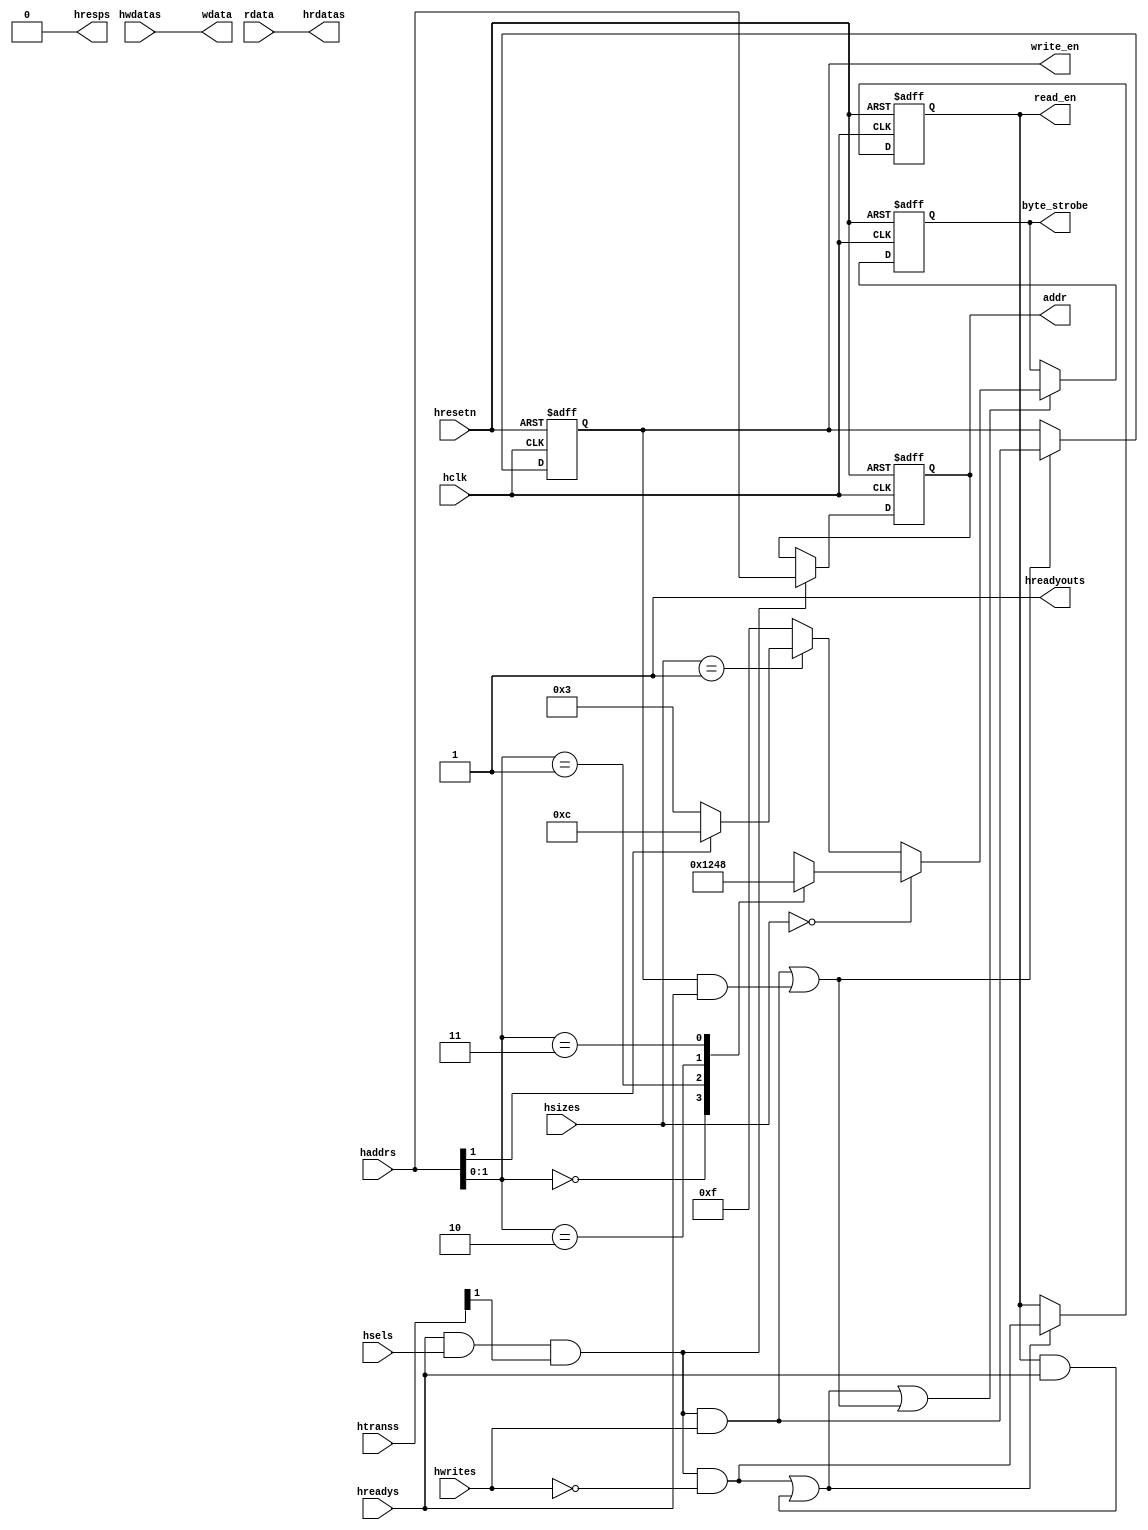
// +FHDR------------------------------------------------------------
//                 Copyright (c) 2020 .
//                       ALL RIGHTS RESERVED
// -----------------------------------------------------------------
// Author        : 
// Last Modified : 
// -----------------------------------------------------------------
// Description:
//
//
// -FHDR------------------------------------------------------------
module ahb_slave #(
  //parameter for address width
  parameter   ADDRWIDTH=12)
 (
  input  wire                  hclk,       // clock
  input  wire                  hresetn,    // reset

  // AHB connection to master
  input  wire                  hsels,
  input  wire [ADDRWIDTH-1:0]  haddrs,
  input  wire [1:0]            htranss,
  input  wire [2:0]            hsizes,
  input  wire                  hwrites,
  input  wire                  hreadys,
  input  wire [31:0]           hwdatas,

  output wire                  hreadyouts,
  output wire                  hresps,
  output wire [31:0]           hrdatas,

   // Register interface
  output wire [ADDRWIDTH-1:0]  addr,
  output wire                  read_en,
  output wire                  write_en,
  output wire [3:0]            byte_strobe,
  output wire [31:0]           wdata,
  input  wire [31:0]           rdata);

  // ----------------------------------------
  // Internal wires declarations
   wire                   trans_req= hreadys & hsels & htranss[1];
    // transfer request issued only in SEQ and NONSEQ status and slave is
    // selected and last transfer finish

   wire                   ahb_read_req  = trans_req & (~hwrites);// AHB read request
   wire                   ahb_write_req = trans_req &  hwrites;  // AHB write request
   wire                   update_read_req;    // To update the read enable register
   wire                   update_write_req;   // To update the write enable register

   reg  [ADDRWIDTH-1:0]   addr_reg;     // address signal, registered
   reg                    read_en_reg;  // read enable signal, registered
   reg                    write_en_reg; // write enable signal, registered

   reg  [3:0]             byte_strobe_reg; // registered output for byte strobe
   reg  [3:0]             byte_strobe_nxt; // next state for byte_strobe_reg
  //-----------------------------------------------------------
  // Module logic start
  //----------------------------------------------------------

  // Address signal registering, to make the address and data active at the same cycle
  always @(posedge hclk or negedge hresetn)
  begin
    if (~hresetn)
      addr_reg <= {(ADDRWIDTH){1'b0}}; //default address 0 is selected
    else if (trans_req)
      addr_reg <= haddrs[ADDRWIDTH-1:0];
  end


  // register read signal generation
  assign update_read_req = ahb_read_req | (read_en_reg & hreadys); // Update read enable control if
                                 //  1. When there is a valid read request
                                 //  2. When there is an active read, update it at the end of transfer (HREADY=1)

  always @(posedge hclk or negedge hresetn)
  begin
    if (~hresetn)
      begin
        read_en_reg <= 1'b0;
      end
    else if (update_read_req)
      begin
        read_en_reg  <= ahb_read_req;
      end
  end

  // register write signal generation
  assign update_write_req = ahb_write_req |( write_en_reg & hreadys);  // Update write enable control if
                                 //  1. When there is a valid write request
                                 //  2. When there is an active write, update it at the end of transfer (HREADY=1)

  always @(posedge hclk or negedge hresetn)
  begin
    if (~hresetn)
      begin
        write_en_reg <= 1'b0;
      end
    else if (update_write_req)
      begin
        write_en_reg  <= ahb_write_req;
      end
  end

  // byte strobe signal
   always @(hsizes or haddrs)
   begin
     if (hsizes == 3'b000)    //byte
       begin
         case(haddrs[1:0])
           2'b00: byte_strobe_nxt = 4'b0001;
           2'b01: byte_strobe_nxt = 4'b0010;
           2'b10: byte_strobe_nxt = 4'b0100;
           2'b11: byte_strobe_nxt = 4'b1000;
           default: byte_strobe_nxt = 4'bxxxx;
         endcase
       end
     else if (hsizes == 3'b001) //half word
       begin
         if(haddrs[1]==1'b1)
           byte_strobe_nxt = 4'b1100;
         else
           byte_strobe_nxt = 4'b0011;
       end
     else // default 32 bits, word
       begin
           byte_strobe_nxt = 4'b1111;
       end
   end

  always @(posedge hclk or negedge hresetn)
  begin
    if (~hresetn)
      byte_strobe_reg <= {4{1'b0}};
    else if (update_read_req|update_write_req)
      // Update byte strobe registers if
      // 1. if there is a valid read/write transfer request
      // 2. if there is an on going transfer
      byte_strobe_reg  <= byte_strobe_nxt;
  end

  //-----------------------------------------------------------
  // Outputs
  //-----------------------------------------------------------
  // For simplify the timing, the master and slave signals are connected directly, execpt data bus.
  assign addr        = addr_reg[ADDRWIDTH-1:0];
  assign read_en     = read_en_reg;
  assign write_en    = write_en_reg;
  assign wdata       = hwdatas;
  assign byte_strobe = byte_strobe_reg;

  assign hreadyouts  = 1'b1;  // slave always ready
  assign hresps      = 1'b0;  // OKAY response from slave
  assign hrdatas     = rdata;
  //-----------------------------------------------------------
  //Module logic end
  //----------------------------------------------------------


endmodule